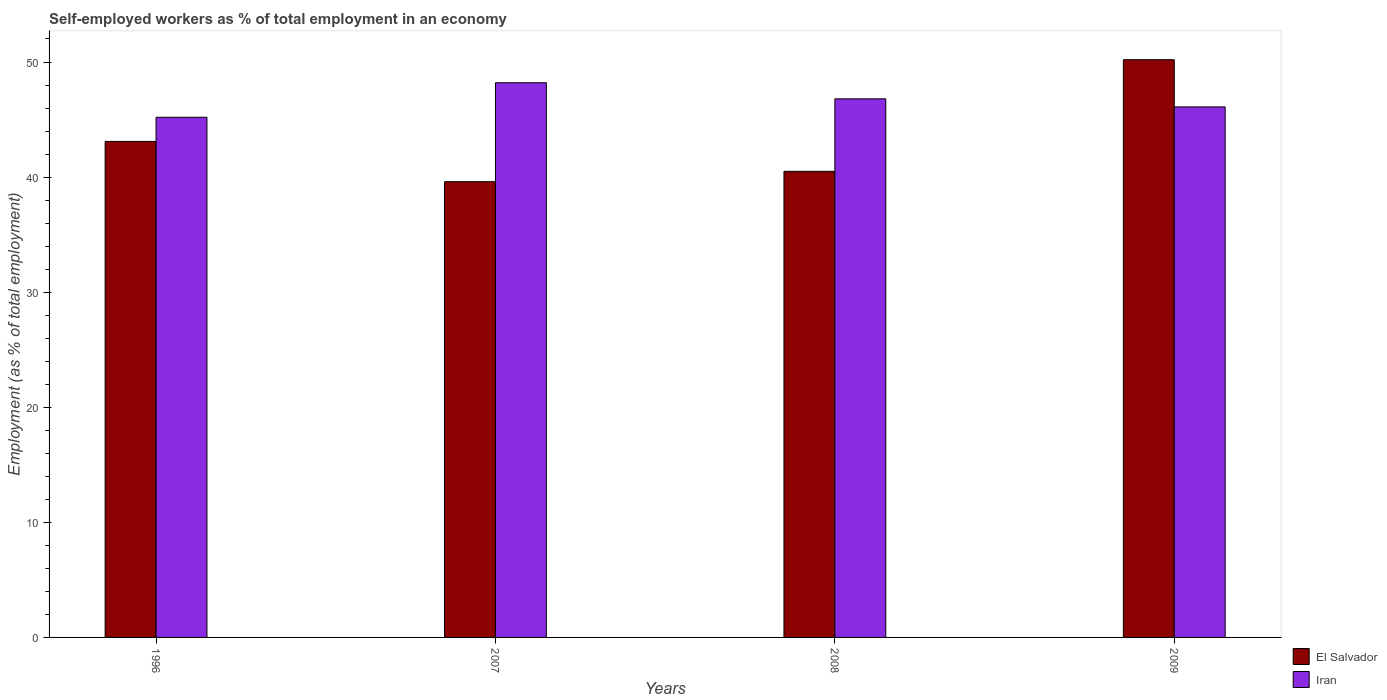
| Years | El Salvador | Iran |
 | --- | --- | --- |
 | 1996 | 43.1 | 45.2 |
 | 2007 | 39.6 | 48.2 |
 | 2008 | 40.5 | 46.8 |
 | 2009 | 50.2 | 46.1 |